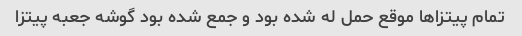
تمام پیتزاها موقع حمل له شده بود و جمع شده بود گوشه جعبه پیتزا